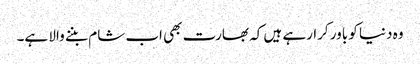
وہ دنیا کو باور کرارہے ہیں کہ بھارت بھی اب شام بننے والا ہے۔